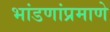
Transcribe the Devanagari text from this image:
भांडणांप्रमाणे